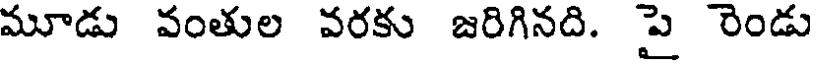
మూడు వంతుల వరకు జరిగినది. పై రెండు